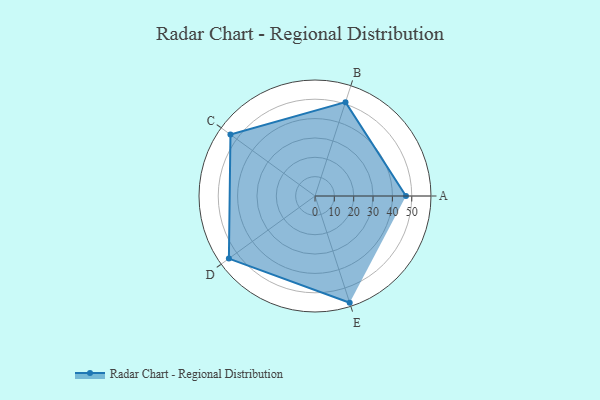
{"axis": {"x": "Skill", "y": "Score"}, "legend": ["Profile"], "data": [{"x": "A", "y": 47.0, "type": "Profile"}, {"x": "B", "y": 51.0, "type": "Profile"}, {"x": "C", "y": 54.0, "type": "Profile"}, {"x": "D", "y": 55.0, "type": "Profile"}, {"x": "E", "y": 58.0, "type": "Profile"}]}